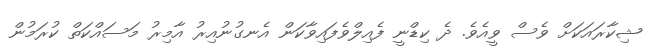
ޝިކާރައަކަށް ވެސް ވީއެވެ. ދެ ކިޑްނީ ފެއިލްވެފައިވާކަން އެނގުނުއިރު އާމިރު މަސައްކަތް ކުރަމުން